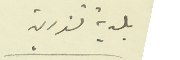
بلدية تنورين